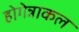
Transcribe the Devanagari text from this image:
होगेन्नाकल